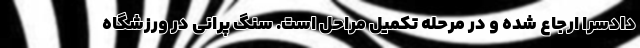
دادسرا ارجاع شده و در مرحله تکمیل مراحل است. سنگ پرانی در ورزشگاه